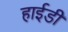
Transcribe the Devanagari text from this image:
हाईडी